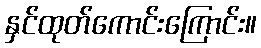
နှင်ထုတ်ကောင်းကြောင်း။